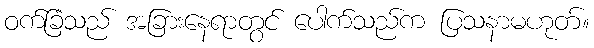
ဝက်ခြံသည် အခြားနေရာတွင် ပေါက်သည်က ပြသနာမဟုတ်။